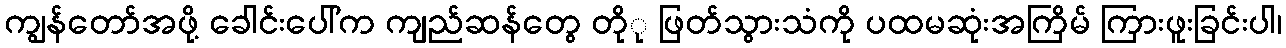
ကျွန်တော်အဖို့ ခေါင်းပေါ်က ကျည်ဆန်တွေ တိုု ဖြတ်သွားသံကို ပထမဆုံးအကြိမ် ကြားဖူးခြင်းပါ၊